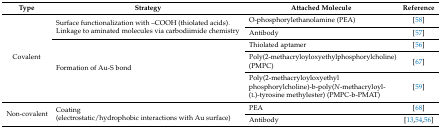
<table><thead><tr><td><b>Type</b></td><td><b>Strategy</b></td><td><b>Attached Molecule</b></td><td><b>Reference</b></td></tr></thead><tbody><tr><td rowspan="5">Covalent</td><td rowspan="2">Surface functionalization with –COOH (thiolated acids).Linkage to aminated molecules via carbodiimide chemistry</td><td>O-phosphorylethanolamine (PEA)</td><td>[58]</td></tr><tr><td>Antibody</td><td>[57]</td></tr><tr><td rowspan="3">Formation of Au-S bond</td><td>Thiolated aptamer</td><td>[56]</td></tr><tr><td>Poly(2-methacryloyloxyethylphosphorylcholine) (PMPC)</td><td>[67]</td></tr><tr><td>Poly(2-methacryloyloxyethyl phosphorylcholine)-b-poly(<i>N</i>-methacryloyl-(l)-tyrosine methylester) (PMPC-b-PMAT)</td><td>[59]</td></tr><tr><td rowspan="2">Non-covalent</td><td rowspan="2">Coating(electrostatic/hydrophobic interactions with Au surface)</td><td>PEA</td><td>[68]</td></tr><tr><td>Antibody</td><td>[13,54,56]</td></tr></tbody></table>